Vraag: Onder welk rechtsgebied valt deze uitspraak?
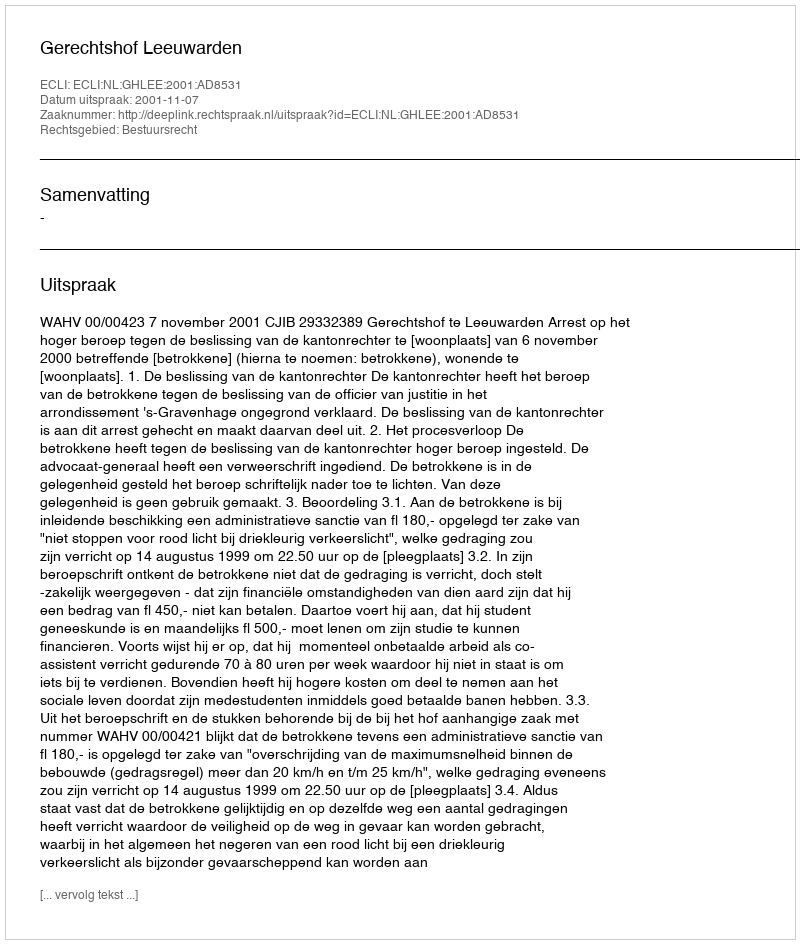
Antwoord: Bestuursrecht